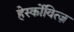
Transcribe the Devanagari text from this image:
हेर्स्कोवित्ज़